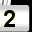
Digit: 2